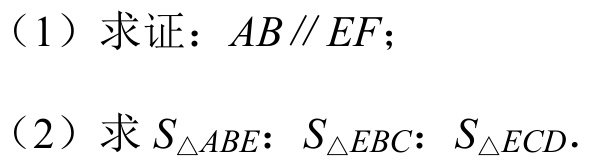
（1）求证：$AB\parallel EF$；
（2）求$S_{\triangle ABE}:S_{\triangle EBC}:S_{\triangle ECD}$.